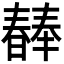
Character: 𣋕